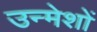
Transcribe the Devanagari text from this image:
उन्मेशों